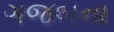
ગજબના